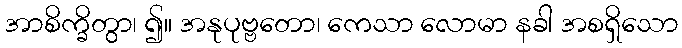
အာစိက္ခိတွာ၊ ၍။ အနုပုဗ္ဗတော၊ ကေသာ လောမာ နခါ အစရှိသော